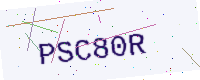
Text: PSC80R